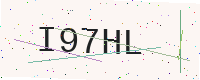
Text: I97HL